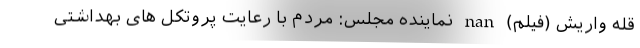
قله واریش (فیلم) nan نماینده مجلس: مردم با رعایت پروتکل های بهداشتی